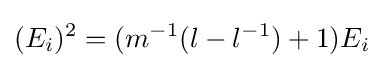
(E_{i})^{2}=(m^{-1}(l-l^{-1})+1)E_{i}